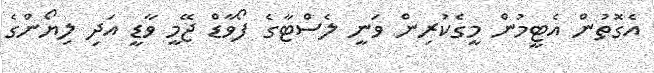
އެގޮތުން އެޓީމުން މީގެކުރިން ވަނީ ލެސްޓާގެ ފޯވާޑް ޖޭމީ ވާޑީ އަދި ލިޔޯންގެ